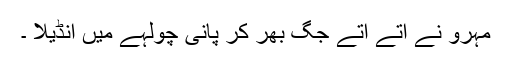
مہرو نے آتے آتے جگ بھر کر پانی چولہے میں انڈیلا ۔